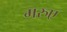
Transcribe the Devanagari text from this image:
मरुए